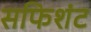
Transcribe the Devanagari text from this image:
सफिशंट